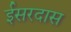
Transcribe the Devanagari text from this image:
ईसरदास